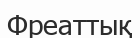
Фреаттық